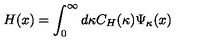
H ( x ) = \int _ { 0 } ^ { \infty } d \kappa C _ { H } ( \kappa ) \Psi _ { \kappa } ( x )